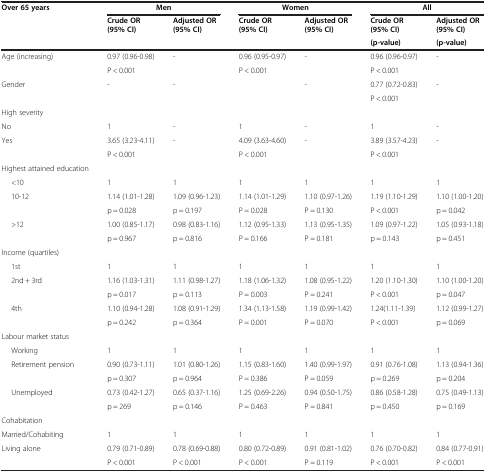
<table><thead><tr><td rowspan="2"><b>Over 65 years</b></td><td colspan="2"><b>Men</b></td><td colspan="2"><b>Women</b></td><td colspan="2"><b>All</b></td></tr><tr><td><b>Crude OR (95% CI)</b></td><td><b>Adjusted OR (95% CI)</b></td><td><b>Crude OR (95% CI)</b></td><td><b>Adjusted OR (95% CI)</b></td><td><b>Crude OR (95% CI)</b></td><td><b>Adjusted OR (95% CI)</b></td></tr><tr><td><b> </b></td><td><b> </b></td><td><b> </b></td><td><b> </b></td><td><b> </b></td><td><b>(p-value)</b></td><td><b>(p-value)</b></td></tr></thead><tbody><tr><td rowspan="2">Age (increasing)</td><td>0.97 (0.96-0.98)</td><td>-</td><td>0.96 (0.95-0.97)</td><td>-</td><td>0.96 (0.96-0.97)</td><td>-</td></tr><tr><td>P &lt; 0.001</td><td> </td><td>P &lt; 0.001</td><td> </td><td>P &lt; 0.001</td><td> </td></tr><tr><td rowspan="2">Gender</td><td>-</td><td>-</td><td> </td><td>-</td><td>0.77 (0.72-0.83)</td><td>-</td></tr><tr><td> </td><td> </td><td> </td><td> </td><td>P &lt; 0.001</td><td> </td></tr><tr><td colspan="2">High severity</td><td> </td><td> </td><td> </td><td> </td><td> </td></tr><tr><td>No</td><td>1</td><td>-</td><td>1</td><td>-</td><td>1</td><td>-</td></tr><tr><td rowspan="2">Yes</td><td>3.65 (3.23-4.11)</td><td>-</td><td>4.09 (3.63-4.60)</td><td>-</td><td>3.89 (3.57-4.23)</td><td>-</td></tr><tr><td>P &lt; 0.001</td><td> </td><td>P &lt; 0.001</td><td> </td><td>P &lt; 0.001</td><td> </td></tr><tr><td>Highest attained education</td><td> </td><td> </td><td> </td><td> </td><td> </td><td> </td></tr><tr><td>&lt;10</td><td>1</td><td>1</td><td>1</td><td>1</td><td>1</td><td>1</td></tr><tr><td rowspan="2">10-12</td><td>1.14 (1.01-1.28)</td><td>1.09 (0.96-1.23)</td><td>1.14 (1.01-1.29)</td><td>1.10 (0.97-1.26)</td><td>1.19 (1.10-1.29)</td><td>1.10 (1.00-1.20)</td></tr><tr><td>p = 0.028</td><td>p = 0.197</td><td>P = 0.028</td><td>P = 0.130</td><td>P &lt; 0.001</td><td>p = 0.042</td></tr><tr><td rowspan="2">&gt;12</td><td>1.00 (0.85-1.17)</td><td>0.98 (0.83-1.16)</td><td>1.12 (0.95-1.33)</td><td>1.13 (0.95-1.35)</td><td>1.09 (0.97-1.22)</td><td>1.05 (0.93-1.18)</td></tr><tr><td>p = 0.967</td><td>p = 0.816</td><td>P = 0.166</td><td>P = 0.181</td><td>p = 0.143</td><td>p = 0.451</td></tr><tr><td>Income (quartiles)</td><td> </td><td> </td><td> </td><td> </td><td> </td><td> </td></tr><tr><td>1st</td><td>1</td><td>1</td><td>1</td><td>1</td><td>1</td><td>1</td></tr><tr><td rowspan="2">2nd + 3rd</td><td>1.16 (1.03-1.31)</td><td>1.11 (0.98-1.27)</td><td>1.18 (1.06-1.32)</td><td>1.08 (0.95-1.22)</td><td>1.20 (1.10-1.30)</td><td>1.10 (1.00-1.20)</td></tr><tr><td>p = 0.017</td><td>p = 0.113</td><td>P = 0.003</td><td>P = 0.241</td><td>P &lt; 0.001</td><td>p = 0.047</td></tr><tr><td rowspan="2">4th</td><td>1.10 (0.94-1.28)</td><td>1.08 (0.91-1.29)</td><td>1.34 (1.13-1.58)</td><td>1.19 (0.99-1.42)</td><td>1.24(1.11-1.39)</td><td>1.12 (0.99-1.27)</td></tr><tr><td>p = 0.242</td><td>p = 0.364</td><td>P = 0.001</td><td>P = 0.070</td><td>P &lt; 0.001</td><td>p = 0.069</td></tr><tr><td>Labour market status</td><td> </td><td> </td><td> </td><td> </td><td> </td><td> </td></tr><tr><td>Working</td><td>1</td><td>1</td><td>1</td><td>1</td><td>1</td><td>1</td></tr><tr><td rowspan="2">Retirement pension</td><td>0.90 (0.73-1.11)</td><td>1.01 (0.80-1.26)</td><td>1.15 (0.83-1.60)</td><td>1.40 (0.99-1.97)</td><td>0.91 (0.76-1.08)</td><td>1.13 (0.94-1.36)</td></tr><tr><td>p = 0.307</td><td>p = 0.964</td><td>P = 0.386</td><td>P = 0.059</td><td>p = 0.269</td><td>p = 0.204</td></tr><tr><td rowspan="2">Unemployed</td><td>0.73 (0.42-1.27)</td><td>0.65 (0.37-1.16)</td><td>1.25 (0.69-2.26)</td><td>0.94 (0.50-1.75)</td><td>0.86 (0.58-1.28)</td><td>0.75 (0.49-1.13)</td></tr><tr><td>p = 269</td><td>p = 0.146</td><td>P = 0.463</td><td>P = 0.841</td><td>p = 0.450</td><td>p = 0.169</td></tr><tr><td>Cohabitation</td><td> </td><td> </td><td> </td><td> </td><td> </td><td> </td></tr><tr><td>Married/Cohabiting</td><td>1</td><td>1</td><td>1</td><td>1</td><td>1</td><td>1</td></tr><tr><td rowspan="2">Living alone</td><td>0.79 (0.71-0.89)</td><td>0.78 (0.69-0.88)</td><td>0.80 (0.72-0.89)</td><td>0.91 (0.81-1.02)</td><td>0.76 (0.70-0.82)</td><td>0.84 (0.77-0.91)</td></tr><tr><td>P &lt; 0.001</td><td>P &lt; 0.001</td><td>P &lt; 0.001</td><td>P = 0.119</td><td>P &lt; 0.001</td><td>P &lt; 0.001</td></tr></tbody></table>